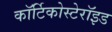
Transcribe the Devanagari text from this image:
कॉर्टिकोस्टेरॉइड